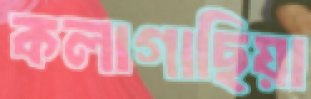
কলাগাছিয়া